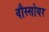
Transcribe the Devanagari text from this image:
वौस्सोयर